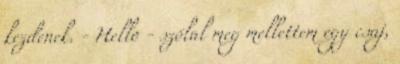
kezdenek. - Hello - szólal meg mellettem egy csaj,